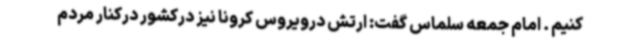
کنیم . امام جمعه سلماس گفت: ارتش درویروس کرونا نیز درکشور درکنار مردم